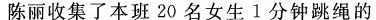
陈丽收集了本班20名女生1分钟跳绳的